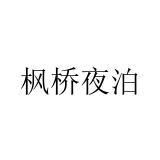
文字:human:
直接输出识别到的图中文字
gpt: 枫桥夜泊